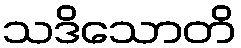
သဒိသောတိ